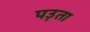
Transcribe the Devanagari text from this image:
पउ़ता